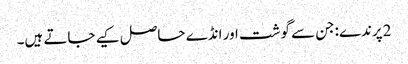
2پرندے:جن سے گوشت اور انڈے حاصل کیے جاتے ہیں۔